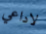
لاداعي